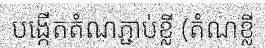
បង្កើតតំណភ្ជាប់ខ្លី (តំណខ្លី